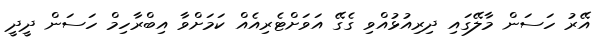
އޭރު ހަސަން މާލޭގައި ދިރިއުޅުއްވި ގެގޭ އަވަށްޓެރިއެއް ކަމަށްވާ އިބްރާހިމް ހަސަން ދީދީ